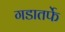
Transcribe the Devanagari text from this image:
गडातर्फे